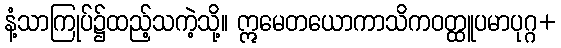
နံ့သာကြုပ်၌ထည့်သကဲ့သို့။ ဣမေတယောကာသိကဝတ္ထူပမာပုဂ္ဂ+